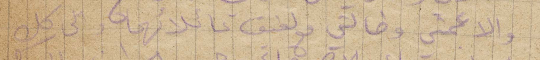
والا عمتي وخالتي مع لفيف عائلاتهما والى كل